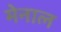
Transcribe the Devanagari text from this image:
मेनाल